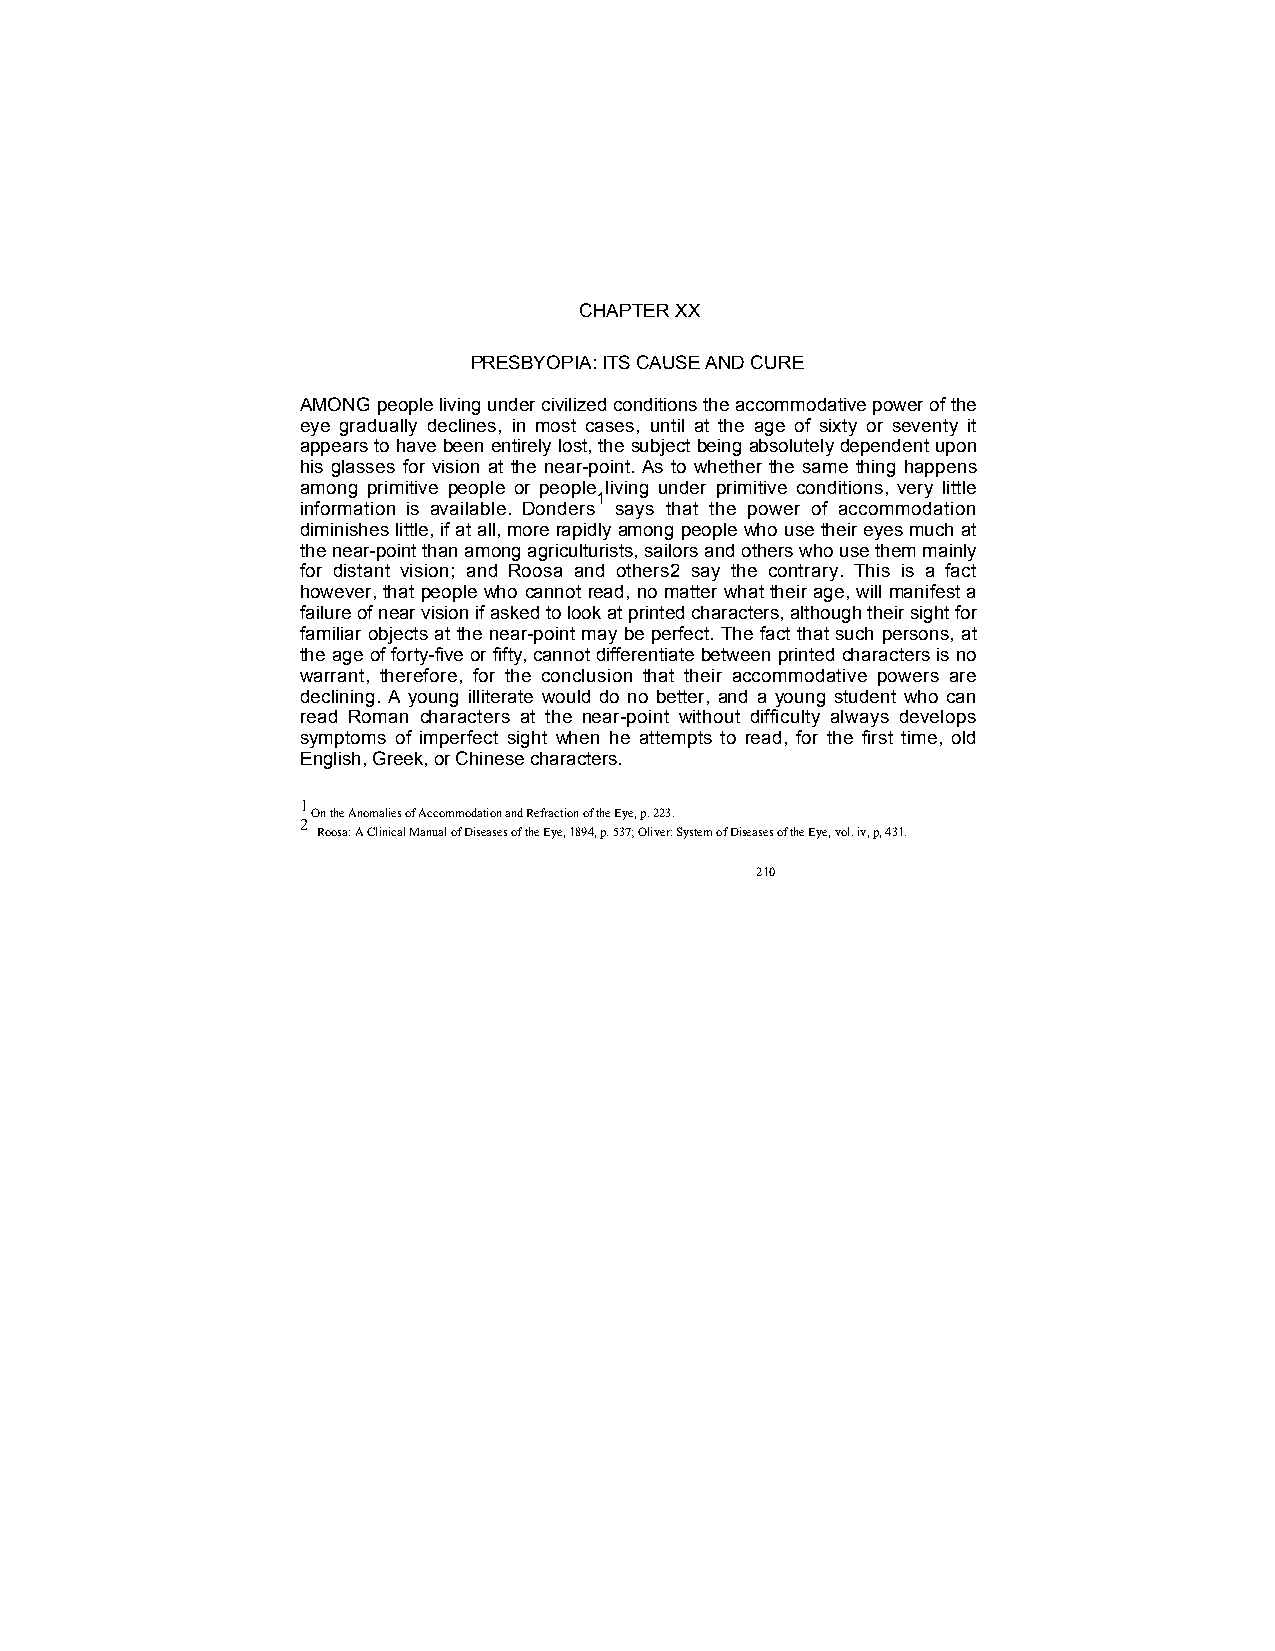
CHAPTER XX
 PRESBYOPIA: ITS CAUSE AND CURE
 AMONG people living under civilized conditions the accommodative power of the
 eye gradually declines, in most cases, until at the age of sixty or seventy it
 appears to have been entirely lost, the subject being absolutely dependent upon
 his glasses for vision at the near-point. As to whether the same thing happens
 among primitive people or people living under primitive conditions, very little
 1
 information is available. Donders says that the power of accommodation
 diminishes little, if at all, more rapidly among people who use their eyes much at
 the near-point than among agriculturists, sailors and others who use them mainly
 for distant vision; and Roosa and others2 say the contrary. This is a fact
 however, that people who cannot read, no matter what their age, will manifest a
 failure of near vision if asked to look at printed characters, although their sight for
 familiar objects at the near-point may be perfect. The fact that such persons, at
 the age of forty-five or fifty, cannot differentiate between printed characters is no
 warrant, therefore, for the conclusion that their accommodative powers are
 declining. A young illiterate would do no better, and a young student who can
 read Roman characters at the near-point without difficulty always develops
 symptoms of imperfect sight when he attempts to read, for the first time, old
 English, Greek, or Chinese characters.
 1
 On the Anomalies of Accommodation and Refraction of the Eye, p. 223.
 2
 Roosa: A Clinical Manual of Diseases of the Eye, 1894, p. 537; Oliver: System of Diseases of the Eye, vol. iv, p, 431.
 210